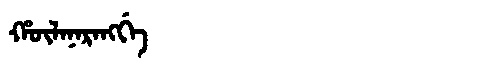
Manchu: ᡥᡡᠯᠠᠨᠠᡵᠠᠩᡤᡝ
Romanization: HŪLANARANGGE